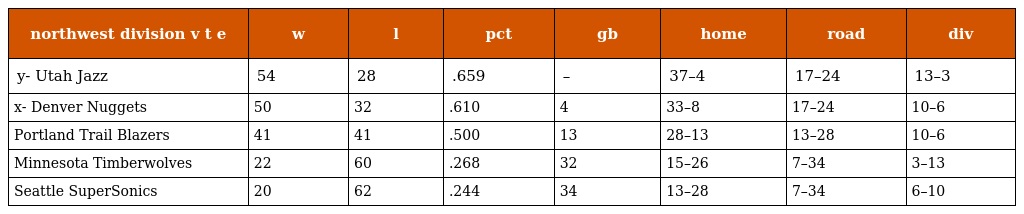
| northwest division v t e | w | l | pct | gb | home | road | div |
 | --- | --- | --- | --- | --- | --- | --- | --- |
 | y- Utah Jazz | 54 | 28 | .659 | – | 37–4 | 17–24 | 13–3 |
 | x- Denver Nuggets | 50 | 32 | .610 | 4 | 33–8 | 17–24 | 10–6 |
 | Portland Trail Blazers | 41 | 41 | .500 | 13 | 28–13 | 13–28 | 10–6 |
 | Minnesota Timberwolves | 22 | 60 | .268 | 32 | 15–26 | 7–34 | 3–13 |
 | Seattle SuperSonics | 20 | 62 | .244 | 34 | 13–28 | 7–34 | 6–10 |